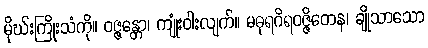
မိုဃ်းကြိုးသံကို။ ဝဇ္ဇန္တော၊ ကျုံးဝါးလျက်။ မဓုရဂိရဝဇ္ဇိတေန၊ ချိုသာသော